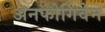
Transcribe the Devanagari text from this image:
अनफोर्गिवेन